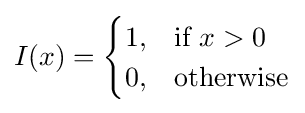
I(x)={\begin{cases}1,&{\text{if }}x>0\\0,&{\text{otherwise}}\end{cases}}